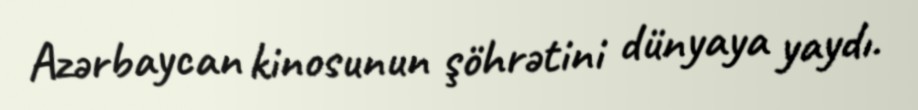
Azərbaycan kinosunun şöhrətini dünyaya yaydı.